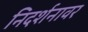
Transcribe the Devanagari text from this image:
निदर्शनावर